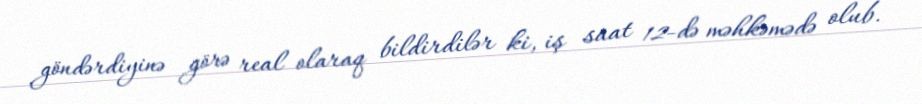
göndərdiyinə görə real olaraq bildirdilər ki, iş saat 12-də məhkəmədə olub.